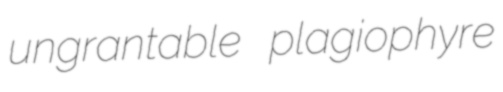
ungrantable plagiophyre